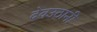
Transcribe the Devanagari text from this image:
देवउठानी